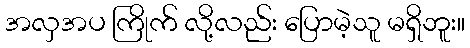
အလှအပ ကြိုက် လို့လည်း ပြောမဲ့သူ မရှိဘူး။